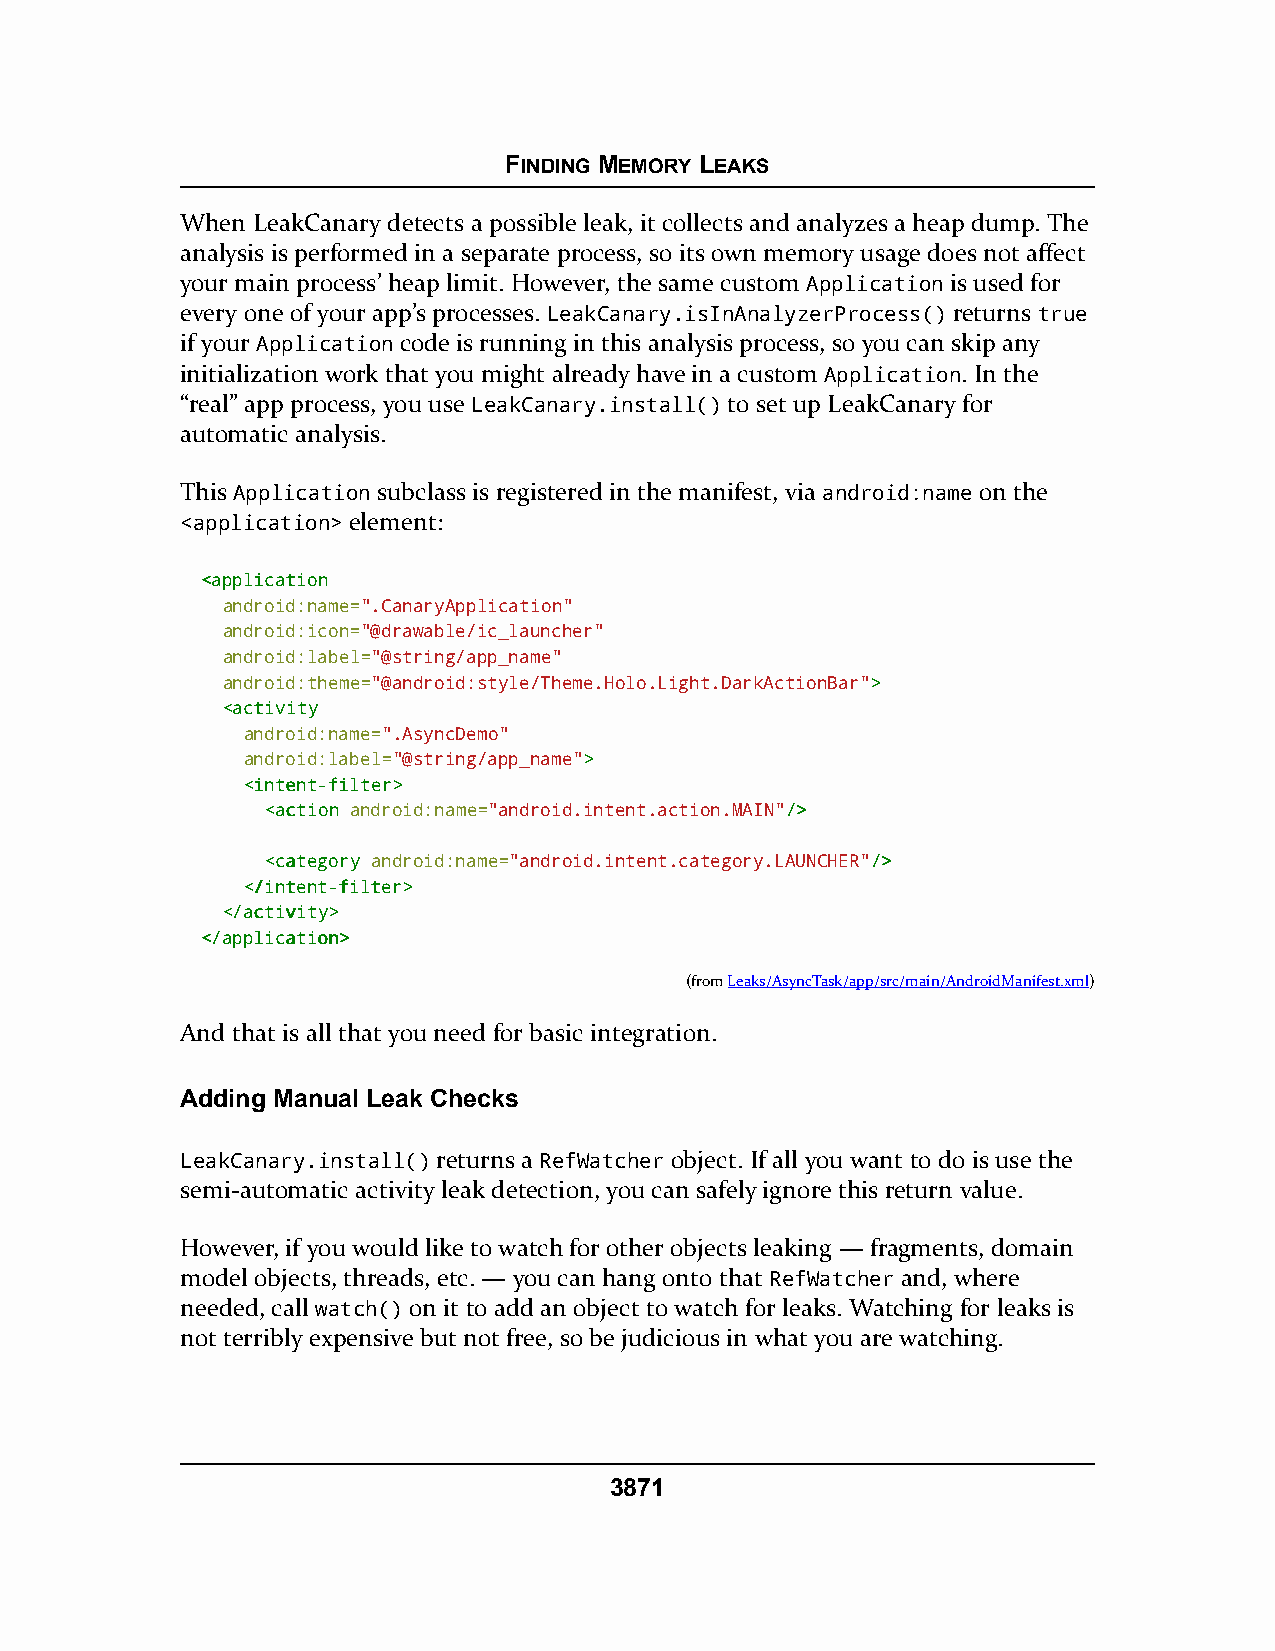
FINDING MEMORY LEAKS
 When LeakCanary detects a possible leak, it collects and analyzes a heap dump. The
 analysis is performed in a separate process, so its own memory usage does not affect
 your main process’ heap limit. However, the same custom Application is used for
 every one of your app’s processes. LeakCanary.isInAnalyzerProcess() returns true
 if your Application code is running in this analysis process, so you can skip any
 initialization work that you might already have in a custom Application. In the
 “real” app process, you use LeakCanary.install() to set up LeakCanary for
 automatic analysis.
 This Application subclass is registered in the manifest, via android:name on the
 <application> element:
 <<aapppplliiccaattiioonn
 android:name=".CanaryApplication"
 android:icon="@drawable/ic_launcher"
 android:label="@string/app_name"
 android:theme="@android:style/Theme.Holo.Light.DarkActionBar">>
 <<aaccttiivviittyy
 android:name=".AsyncDemo"
 android:label="@string/app_name">>
 <<iinntteenntt--ffiilltteerr>>
 <<aaccttiioonn android:name="android.intent.action.MAIN"//>>
 <<ccaatteeggoorryy android:name="android.intent.category.LAUNCHER"//>>
 <<//iinntteenntt--ffiilltteerr>>
 <<//aaccttiivviittyy>>
 <<//aapppplliiccaattiioonn>>
 (fromLeaks/AsyncTask/app/src/main/AndroidManifest.xml)
 And that is all that you need for basic integration.
 Adding Manual Leak Checks
 LeakCanary.install() returns a RefWatcher object. If all you want to do is use the
 semi-automatic activity leak detection, you can safely ignore this return value.
 However, if you would like to watch for other objects leaking — fragments, domain
 model objects, threads, etc. — you can hang onto that RefWatcher and, where
 needed, call watch() on it to add an object to watch for leaks. Watching for leaks is
 not terribly expensive but not free, so be judicious in what you are watching.
 3871